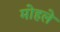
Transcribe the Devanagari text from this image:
माेहले